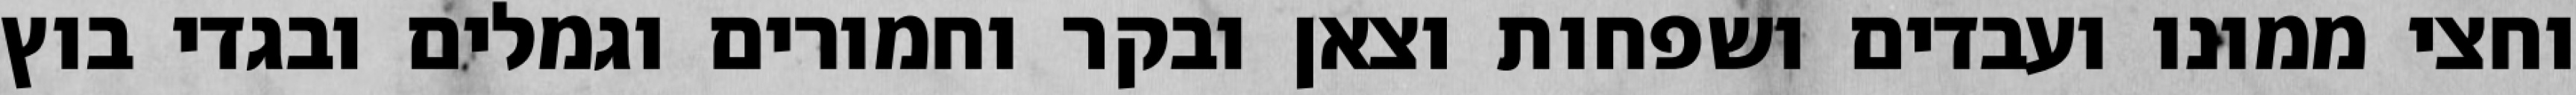
וחצי ממונו ועבדים ושפחות וצאן ובקר וחמורים וגמלים ובגדי בוץ